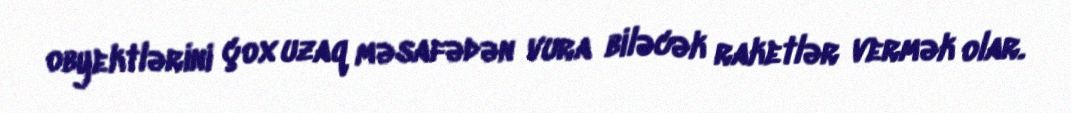
obyektlərini çox uzaq məsafədən vura biləcək raketlər vermək olar.